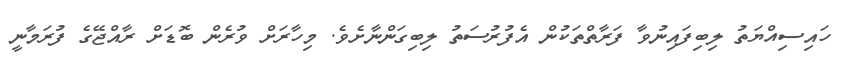
ހައިސިއްޔަތު ލިބިފައިނުވާ ފަރާތްތަކުން އެފުރުސަތު ލިބިގަންނާށެވެ. މިހާރަށް ވުރެން ބޮޑަށް ރާއްޖޭގެ ފުރަމާނީ